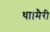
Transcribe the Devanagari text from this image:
था।मैरी